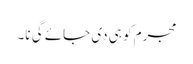
مجرم کو ہی دی جائے گی نا۔